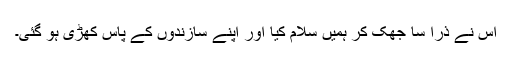
اس نے ذرا سا جھک کر ہمیں سلام کیا اور اپنے سازندوں کے پاس کھڑی ہو گئی۔